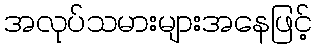
အလုပ်သမားများအနေဖြင့်